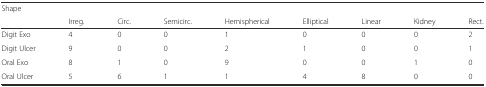
<table><thead><tr><td><b>Shape</b></td><td></td><td></td><td></td><td></td><td></td><td></td><td></td><td></td></tr><tr><td></td><td><b>Irreg.</b></td><td><b>Circ.</b></td><td><b>Semicirc.</b></td><td><b>Hemispherical</b></td><td><b>Elliptical</b></td><td><b>Linear</b></td><td><b>Kidney</b></td><td><b>Rect.</b></td></tr></thead><tbody><tr><td>Digit Exo</td><td>4</td><td>0</td><td>0</td><td>1</td><td>0</td><td>0</td><td>0</td><td>2</td></tr><tr><td>Digit Ulcer</td><td>9</td><td>0</td><td>0</td><td>2</td><td>1</td><td>0</td><td>0</td><td>1</td></tr><tr><td>Oral Exo</td><td>8</td><td>1</td><td>0</td><td>9</td><td>0</td><td>0</td><td>1</td><td>0</td></tr><tr><td>Oral Ulcer</td><td>5</td><td>6</td><td>1</td><td>1</td><td>4</td><td>8</td><td>0</td><td>0</td></tr></tbody></table>